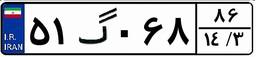
۵۱گ۰۶۸۸۶